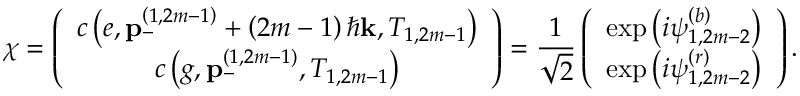
\chi = \left( \begin{array} { c } { c \left( e , \mathbf { p } _ { - } ^ { \left( 1 , 2 m - 1 \right) } + \left( 2 m - 1 \right) \hbar \mathbf { k } , T _ { 1 , 2 m - 1 } \right) } \\ { c \left( g , \mathbf { p } _ { - } ^ { \left( 1 , 2 m - 1 \right) } , T _ { 1 , 2 m - 1 } \right) } \end{array} \right) = \frac { 1 } { \sqrt { 2 } } \left( \begin{array} { c } { \exp \left( i \psi _ { 1 , 2 m - 2 } ^ { \left( b \right) } \right) } \\ { \exp \left( i \psi _ { 1 , 2 m - 2 } ^ { \left( r \right) } \right) } \end{array} \right) .